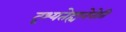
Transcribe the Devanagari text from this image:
दृश्यतेह्यनेनेति